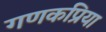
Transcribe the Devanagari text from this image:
गणकप्रिया